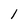
Character: l